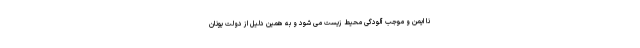
نا ایمن و موجب آلودگی محیط زیست می شود و به همین دلیل از دولت یونان